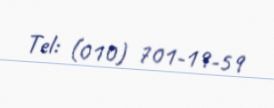
Tel: (010) 701-19-59